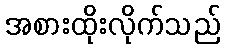
အစားထိုးလိုက်သည်